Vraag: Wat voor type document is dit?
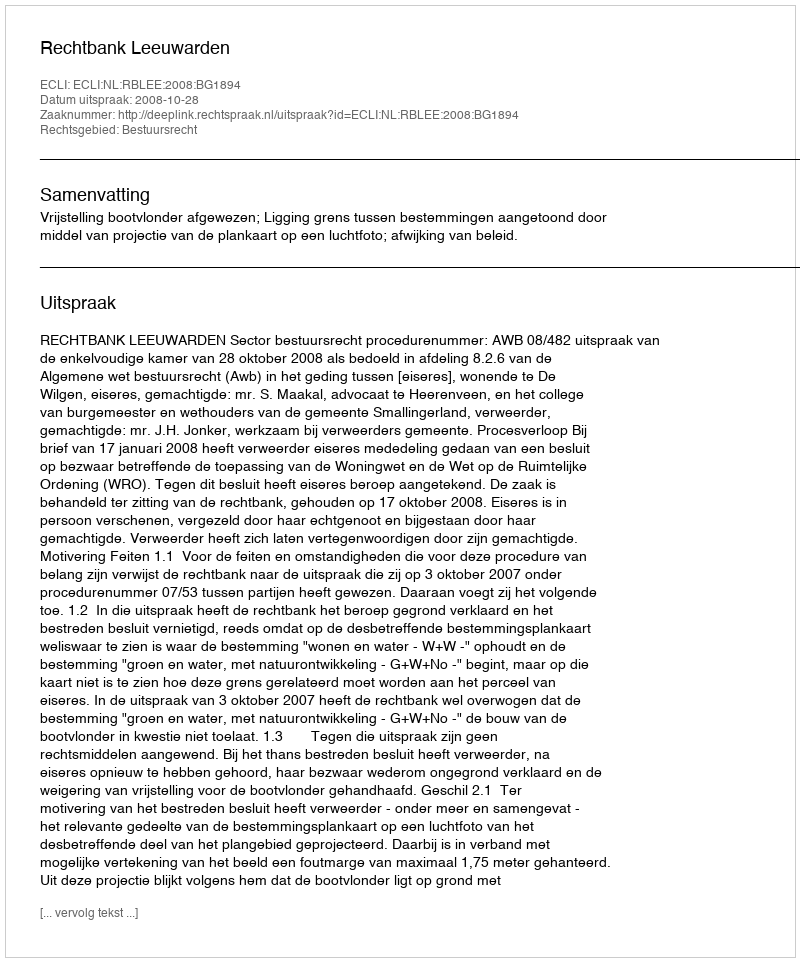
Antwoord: Uitspraak